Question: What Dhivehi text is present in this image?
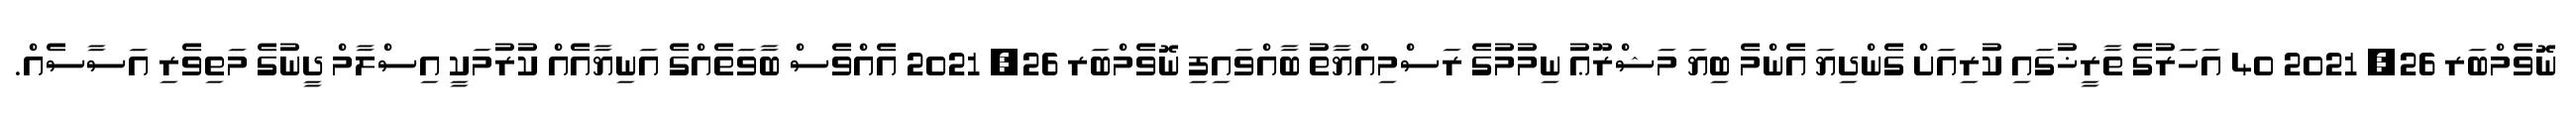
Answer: ނޮވެމްބަރ 26, 2021 40 އަހަރުގެ ތާރީޚުގައި ކުރިއަށް ގެންދިޔަ އެންމެ ބިޔަ މަޝްރޫޢު ނިމުމުގެ ރަސްމިއްޔާތު ބާއްވައިފި ނޮވެމްބަރ 26, 2021 އެއްވެސް ބާވަތެއްގެ އަނިޔާއެއް ކުރުމަކީ އިސްލާމް ދީނުގެ މަތިވެރި އަސާސެއް.